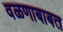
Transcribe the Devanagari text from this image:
वळणाबाबत